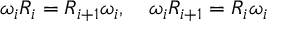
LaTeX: \omega _ { i } R _ { i } = R _ { i + 1 } \omega _ { i } , \quad \omega _ { i } R _ { i + 1 } = R _ { i } \omega _ { i }